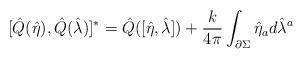
LaTeX: \begin{align*}[\hat Q(\hat \eta), \hat Q(\hat \lambda)]^*= \hat Q([\hat\eta,\hat\lambda]) + {k \over 4\pi } \int_{\partial \Sigma}\hat\eta_a d \hat\lambda^a\end{align*}